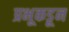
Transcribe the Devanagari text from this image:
प्रभूकडून